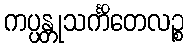
ကပ္ပန္တုသင်္ကိတေလဉ္စ